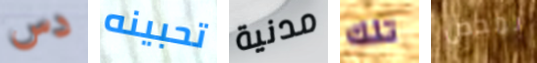
دس تحبينه مدنية تلك بمحض